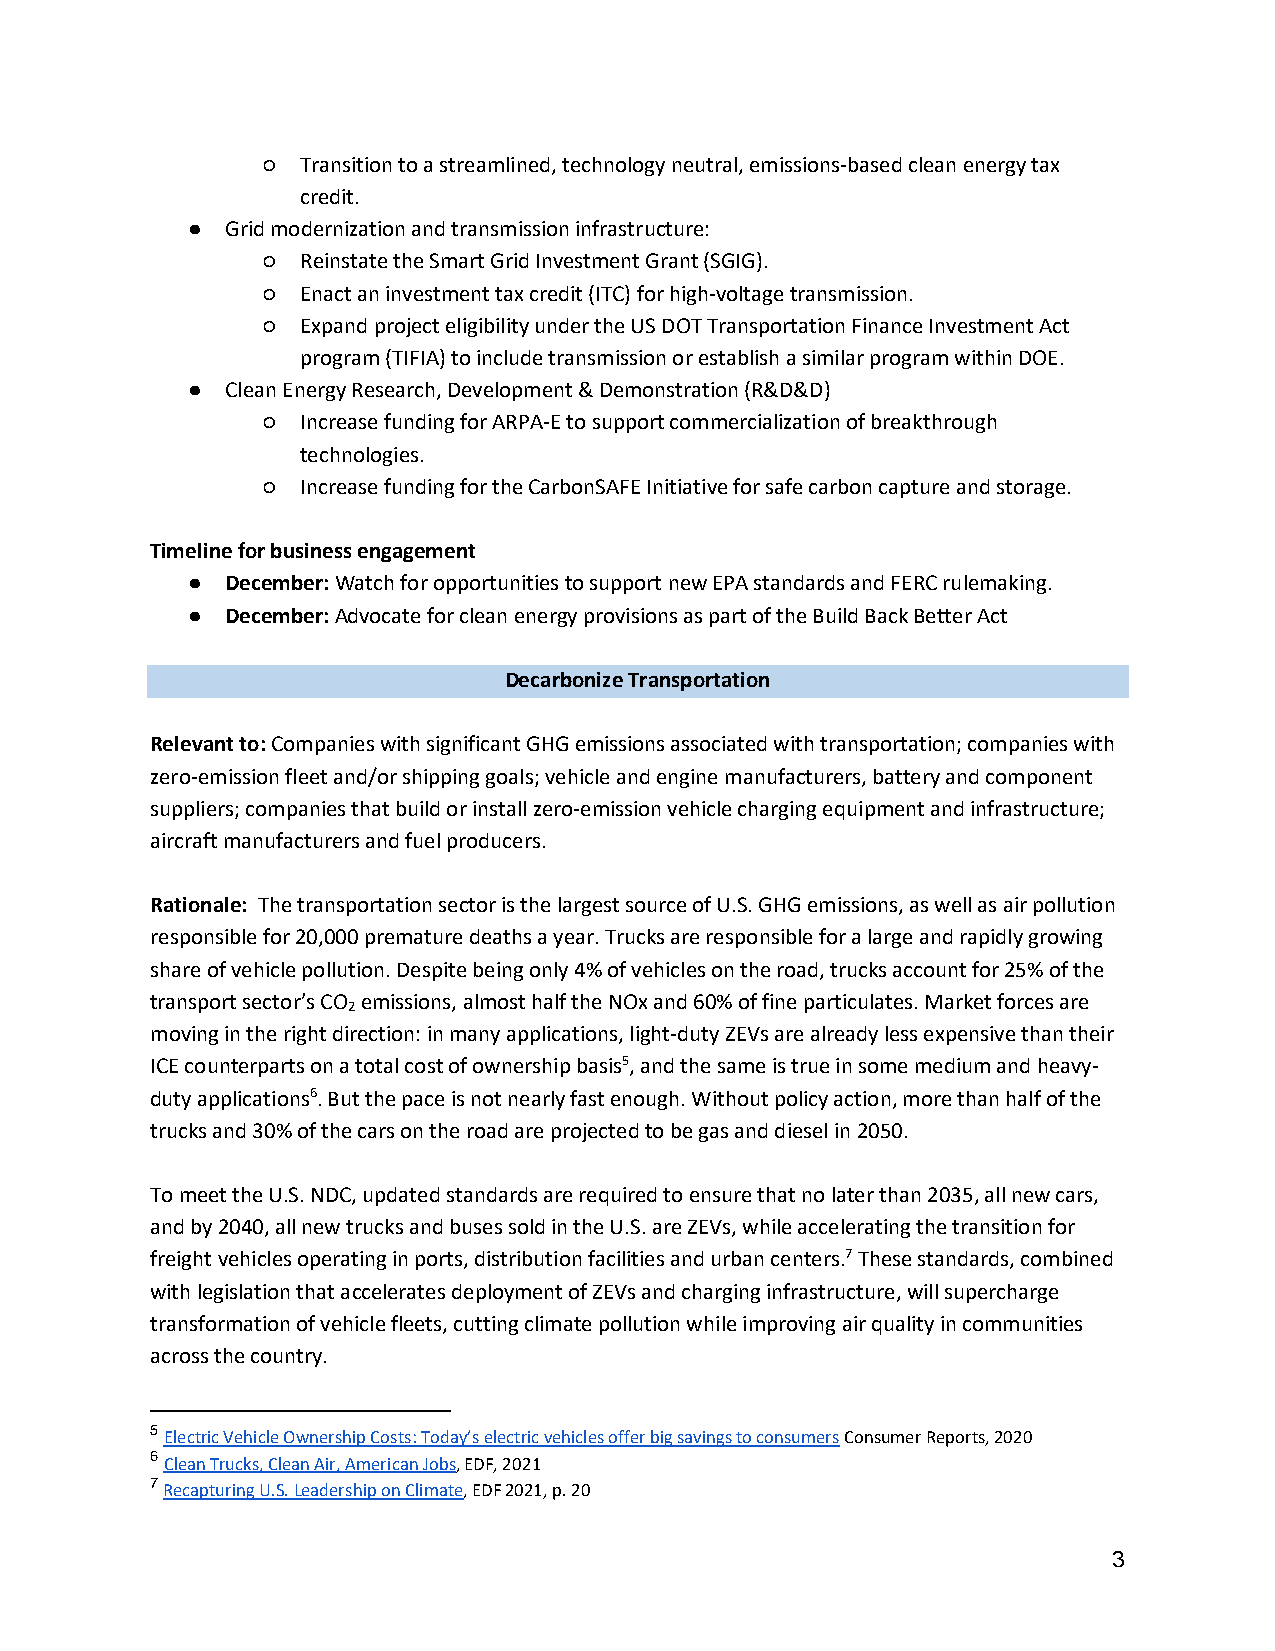
○  Transition to a streamlined, technology neutral, emissions-based clean energy tax
 credit.
 ●  Grid modernization and transmission infrastructure:
 ○  Reinstate the Smart Grid Investment Grant (SGIG).
 ○  Enact an investment tax credit (ITC) for high-voltage transmission.
 ○  Expand project eligibility under the US DOT Transportation Finance Investment Act
 program (TIFIA) to include transmission or establish a similar program within DOE.
 ●  Clean Energy Research, Development & Demonstration (R&D&D)
 ○  Increase funding for ARPA-E to support commercialization of breakthrough
 technologies.
 ○  Increase funding for the CarbonSAFE Initiative for safe carbon capture and storage.
 Timeline for business engagement
 ●  December: Watch for opportunities to support new EPA standards and FERC rulemaking.
 ●  December: Advocate for clean energy provisions as part of the Build Back Better Act
 Decarbonize Transportation
 Relevant to: Companies with significant GHG emissions associated with transportation; companies with
 zero-emission fleet and/or shipping goals; vehicle and engine manufacturers, battery and component
 suppliers; companies that build or install zero-emission vehicle charging equipment and infrastructure;
 aircraft manufacturers and fuel producers.
 Rationale: The transportation sector is the largest source of U.S. GHG emissions, as well as air pollution
 responsible for 20,000 premature deaths a year. Trucks are responsible for a large and rapidly growing
 share of vehicle pollution. Despite being only 4% of vehicles on the road, trucks account for 25% of the
 transport sector’s CO emissions, almost half the NOx and 60% of fine particulates. Market forces are
 2
 moving in the right direction: in many applications, light-duty ZEVs are already less expensive than their
 ICE counterparts on a total cost of ownership basis5, and the same is true in some medium and heavy-
 duty applications6. But the pace is not nearly fast enough. Without policy action, more than half of the
 trucks and 30% of the cars on the road are projected to be gas and diesel in 2050.
 To meet the U.S. NDC, updated standards are required to ensure that no later than 2035, all new cars,
 and by 2040, all new trucks and buses sold in the U.S. are ZEVs, while accelerating the transition for
 freight vehicles operating in ports, distribution facilities and urban centers.7 These standards, combined
 with legislation that accelerates deployment of ZEVs and charging infrastructure, will supercharge
 transformation of vehicle fleets, cutting climate pollution while improving air quality in communities
 across the country.
 5 Electric Vehicle Ownership Costs: Today’s electric vehicles offer big savings to consumers Consumer Reports, 2020
 6 Clean Trucks, Clean Air, American Jobs, EDF, 2021
 7 Recapturing U.S. Leadership on Climate, EDF 2021, p. 20
 3